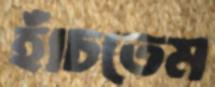
হাঁচতেম